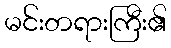
မင်းတရားကြီး၏